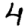
Digit: 4